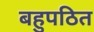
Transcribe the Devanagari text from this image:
बहुपठित